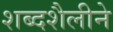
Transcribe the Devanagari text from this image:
शब्दशैलीने